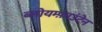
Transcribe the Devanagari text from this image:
ब्लोयम्फ़ाउंटेन